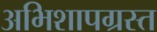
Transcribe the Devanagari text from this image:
अभिशापग्रस्त